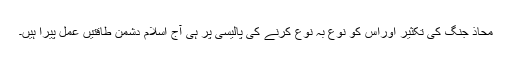
محاذِ جنگ کی تکثیر اوراس کو نوع بہ نوع کرنے کی پالیسی پر ہی آج اسلام دشمن طاقتیں عمل پیرا ہیں۔